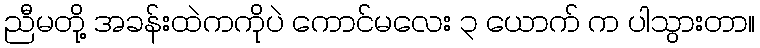
ညီမတို့ အခန်းထဲကကိုပဲ ကောင်မလေး ၃ ယောက် က ပါသွားတာ။